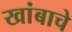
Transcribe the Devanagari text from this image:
खांबाचे